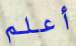
أعلم